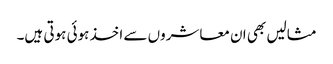
مثالیں بھی ان معاشروں سے اخذ ہوئی ہوتی ہیں۔